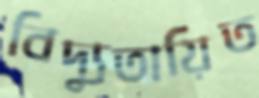
বিদ্যুতায়িত